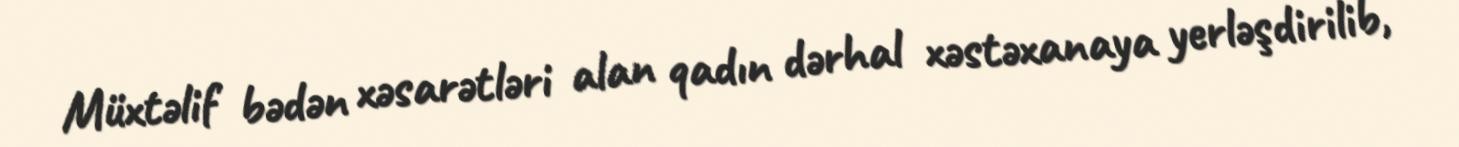
Müxtəlif bədən xəsarətləri alan qadın dərhal xəstəxanaya yerləşdirilib,